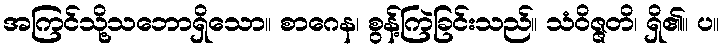
အကြင်သို့သဘောရှိသော။ စာဂေန၊ စွန့်ကြဲခြင်းသည်။ သံဝိဇ္ဇတိ၊ ရှိ၏။ ပ။